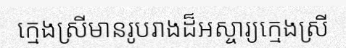
ក្មេងស្រីមានរូបរាងដ៏អស្ចារ្យក្មេងស្រី